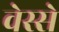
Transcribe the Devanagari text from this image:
वेस्से